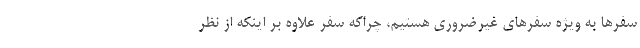
سفرها به ویژه سفرهای غیرضروری هستیم، چراکه سفر علاوه بر اینکه از نظر